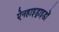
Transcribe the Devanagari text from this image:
ऐनहाइड्राइडों